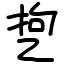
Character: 㐝